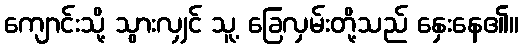
ကျောင်းသို့ သွားလျှင် သူ့ ခြေလှမ်းတို့သည် နှေးနေ၏။